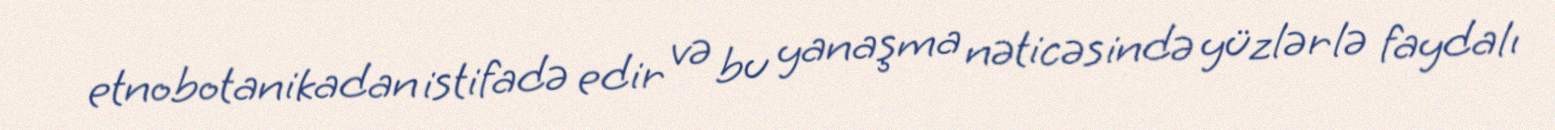
etnobotanikadan istifadə edir və bu yanaşma nəticəsində yüzlərlə faydalı